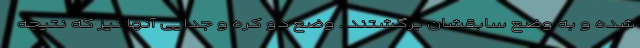
شده و به وضع سابقشان برگشتند . وضع دو کره و جدایی آنها نیز که نتیجه